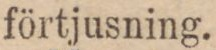
förtjusning.